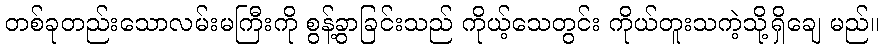
တစ်ခုတည်းသောလမ်းမကြီးကို စွန့်ခွာခြင်းသည် ကိုယ့်သေတွင်း ကိုယ်တူးသကဲ့သို့ရှိချေ မည်။